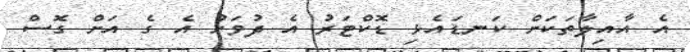
އެ އާއިލާތަކަށް ކަނޑައެޅި ޑޮކްޓަރު އެ ދުވަހު އެ ގެ އަށް ގޮސް